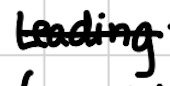
Text: Leading
Cross-out: single-line
Writing tool: digital_black